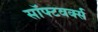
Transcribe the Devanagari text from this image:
सॉफ्टवर्क्स